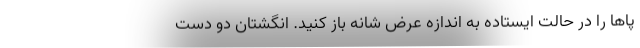
پاها را در حالت ایستاده به اندازه عرض شانه باز کنید. انگشتان دو دست